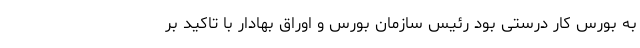
به بورس کار درستی بود رئیس سازمان بورس و اوراق بهادار با تاکید بر